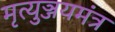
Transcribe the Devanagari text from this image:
मृत्युञ्जयमंत्र